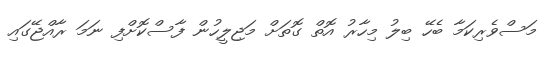
މަސްވެރިކަމާ ބެހޭ ބިލު މިހާރު އޮތް ގޮތަށް މަޖިލީހުން ފާސްކޮށްފި ނަމަ ރާއްޖޭގައި